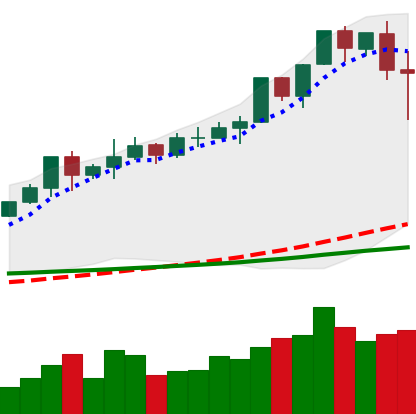
Ticker: XMR-USD
Chart end date: 2020-02-16
Forward return: -9.066%
Label: down_7plus